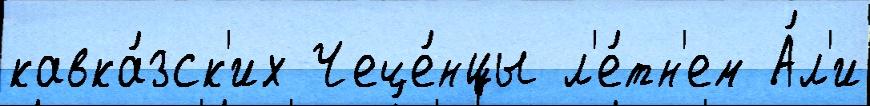
кавка́зск'их Чече́нцы л'е́тн'ем А́л'и